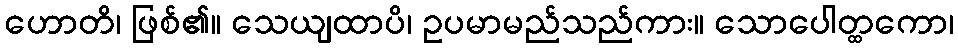
ဟောတိ၊ ဖြစ်၏။ သေယျထာပိ၊ ဥပမာမည်သည်ကား။ သောပေါတ္ထကော၊